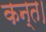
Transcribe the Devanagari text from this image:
कन्‍त।